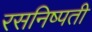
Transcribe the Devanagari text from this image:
रसनिष्पती